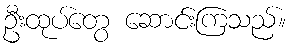
ဦးထုပ်တွေ ဆောင်းကြသည်။